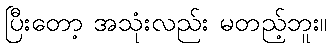
ပြီးတော့ အသုံးလည်း မတည့်ဘူး။